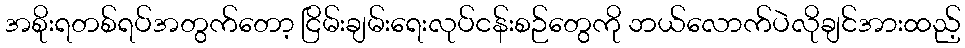
အစိုးရတစ်ရပ်အတွက်တော့ ငြိမ်းချမ်းရေးလုပ်ငန်းစဉ်တွေကို ဘယ်လောက်ပဲလိုချင်အားထည့်